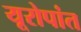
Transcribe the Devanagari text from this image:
यूरोपांत